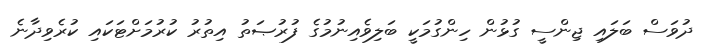
ދުވަސް ބަލައި ޖިންސީ ގުޅުން ހިންގުމަކީ ބަލިވެއިނުމުގެ ފުރުޞަތު އިތުރު ކުރުމަށްޓަކައި ކުރެވިދާނެ